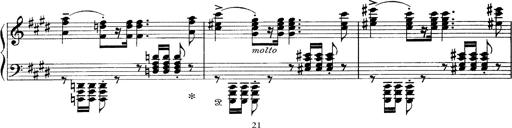
Title: Scherzo und Marsch
Composer: Franz Liszt